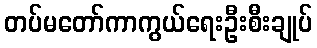
တပ်မတော်ကာကွယ်ရေးဦးစီးချုပ်